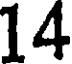
14